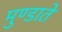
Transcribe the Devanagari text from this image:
मुण्डाते